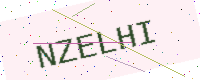
Text: NZELHI